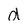
Character: d